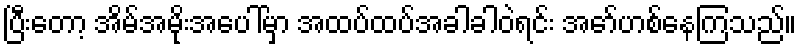
ပြီးတော့ အိမ်အမိုးအပေါ်မှာ အထပ်ထပ်အခါခါဝဲရင်း အော်ဟစ်နေကြသည်။